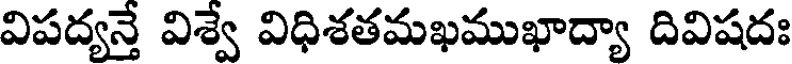
విపద్యన్తే విశ్వే విధిశతమఖముఖాద్యా దివిషదః